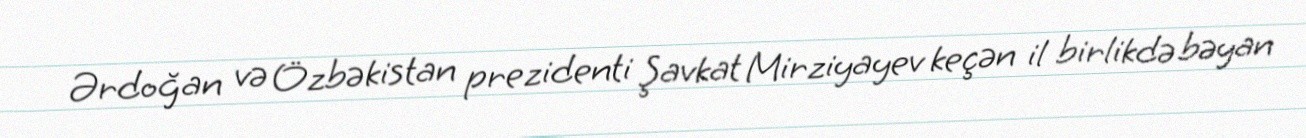
Ərdoğan və Özbəkistan prezidenti Şavkat Mirziyayev keçən il birlikdə bəyan